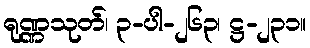
ရုဏ္ဏသုတ်၊ ၃-ပါ-၂၆၃၊ ဋ္ဌ-၂၃၁။